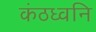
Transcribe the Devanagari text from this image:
कंठध्वनि